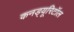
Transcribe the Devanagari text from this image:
कनड्यूरिटॉल